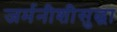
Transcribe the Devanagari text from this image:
जर्मनीशीसुद्धा